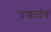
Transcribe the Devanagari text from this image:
पश्चदाब